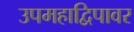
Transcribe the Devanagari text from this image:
उपमहाद्विपावर